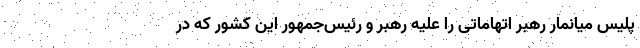
پلیس میانمار رهبر اتهاماتی را علیه رهبر و رئیس‌جمهور این کشور که در